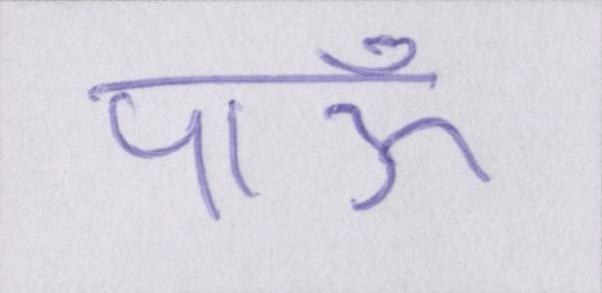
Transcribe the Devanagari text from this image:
पाऊँ